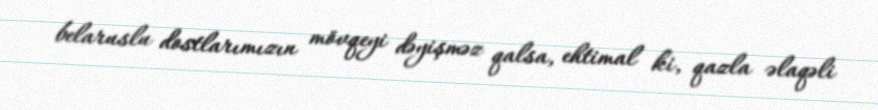
belaruslu dostlarımızın mövqeyi dəyişməz qalsa, ehtimal ki, qazla əlaqəli